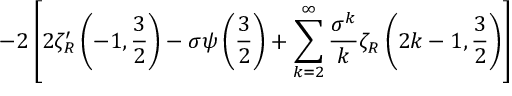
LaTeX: - 2 \left[ 2 \zeta _ { R } ^ { \prime } \left( - 1 , { \frac { 3 } { 2 } } \right) - \sigma \psi \left( { \frac { 3 } { 2 } } \right) + \sum _ { k = 2 } ^ { \infty } { \frac { \sigma ^ { k } } { k } } \zeta _ { R } \left( 2 k - 1 , { \frac { 3 } { 2 } } \right) \right]